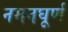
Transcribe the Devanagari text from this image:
नमनघूर्ण